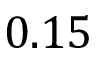
0 . 1 5